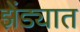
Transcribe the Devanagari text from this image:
झेंड्यात